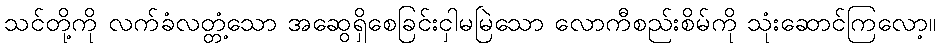
သင်တို့ကို လက်ခံလတ္တံ့သော အဆွေရှိစေခြင်းငှါမမြဲသော လောကီစည်းစိမ်ကို သုံးဆောင်ကြလော့။